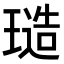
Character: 𭹱